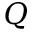
Q